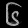
Digit: ၆